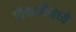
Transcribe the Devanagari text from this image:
विकलीमध्ये